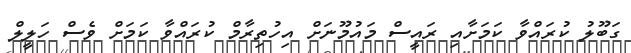
ގަބޫލު ކުރައްވާ ކަމަށާއި ރައީސް މައުމޫނަށް އިހުތިރާމް ކުރައްވާ ކަމަށް ވެސް ހަލީލް